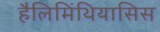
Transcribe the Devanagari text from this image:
हैलिमिंथियासिस